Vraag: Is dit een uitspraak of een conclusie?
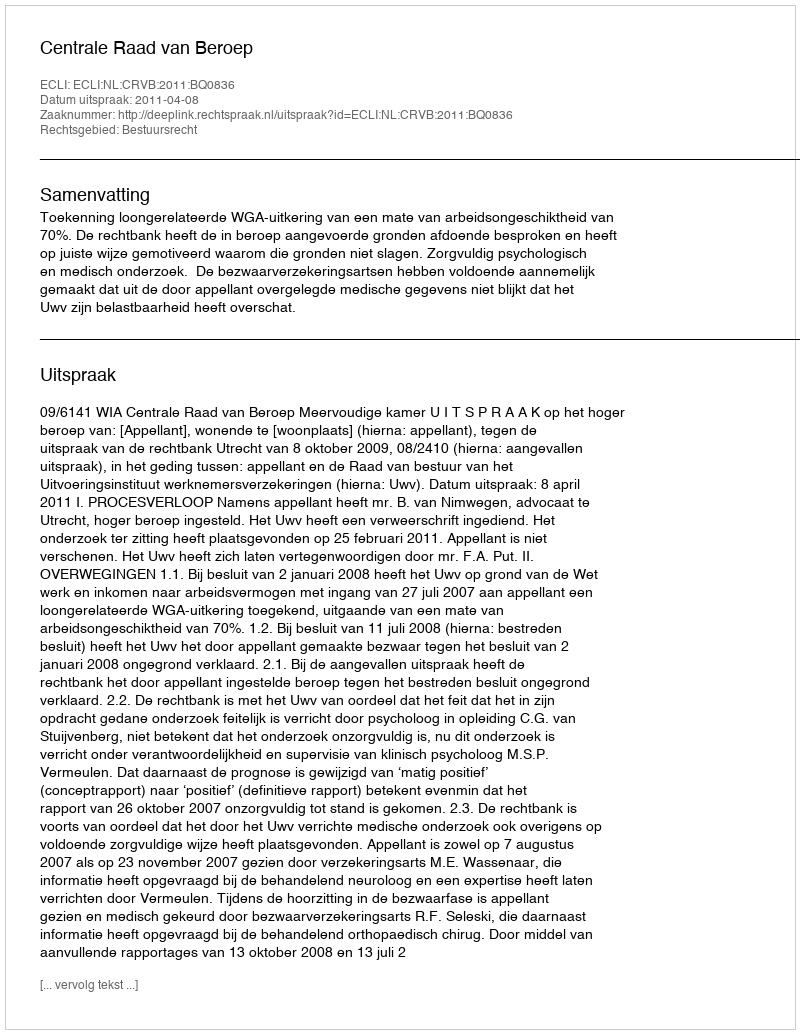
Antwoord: Uitspraak